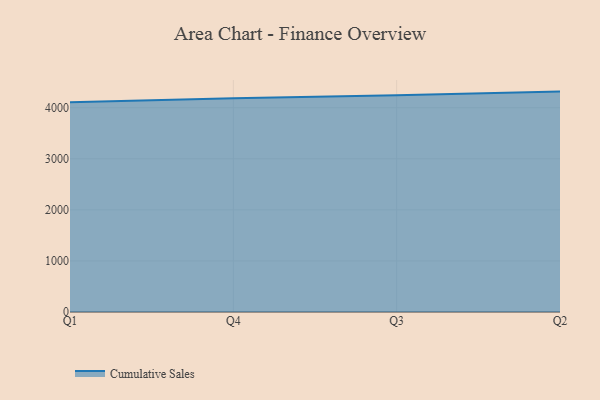
{"axis": {"x": "Quarter", "y": "Churn Rate (%)"}, "legend": ["Cumulative Sales"], "data": [{"x": "Q1", "y": 4108.8, "type": "Cumulative Sales"}, {"x": "Q4", "y": 4187.1, "type": "Cumulative Sales"}, {"x": "Q3", "y": 4243.4, "type": "Cumulative Sales"}, {"x": "Q2", "y": 4315.9, "type": "Cumulative Sales"}]}